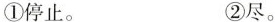
①停止。 ②尽。